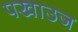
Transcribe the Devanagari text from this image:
पखाउज